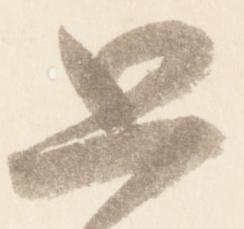
思